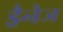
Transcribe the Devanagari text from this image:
ड्रैनेज